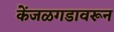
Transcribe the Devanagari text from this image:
केंजळगडावरून